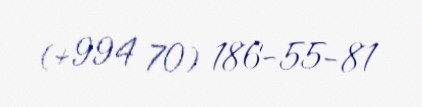
(+994 70) 186-55-81